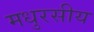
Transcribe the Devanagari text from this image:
मधुरसीय